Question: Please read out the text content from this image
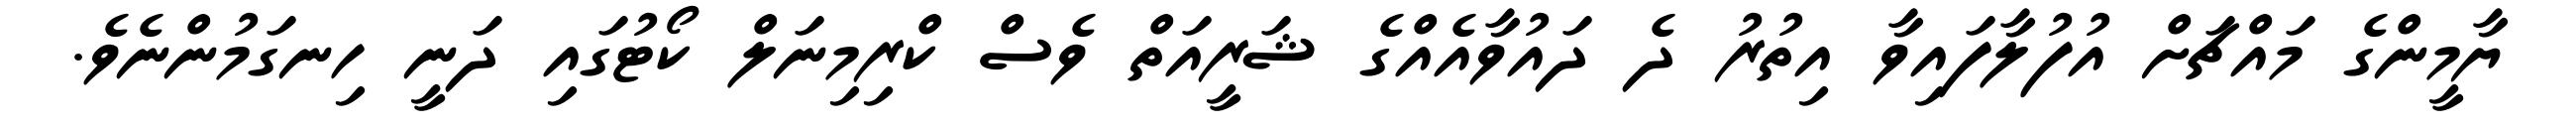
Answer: ޔާމީންގެ މައްޗަށް އުފުލާފައިވާ އިތުރު ދެ ދައުވާއެއްގެ ޝަރީއަތް ވެސް ކްރިމިނަލް ކޯޓުގައި ދަނީ ހިނގަމުންނެވެ.